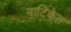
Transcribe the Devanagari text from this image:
नाटिकेत